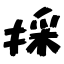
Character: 採